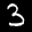
Label: 3